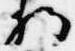
将